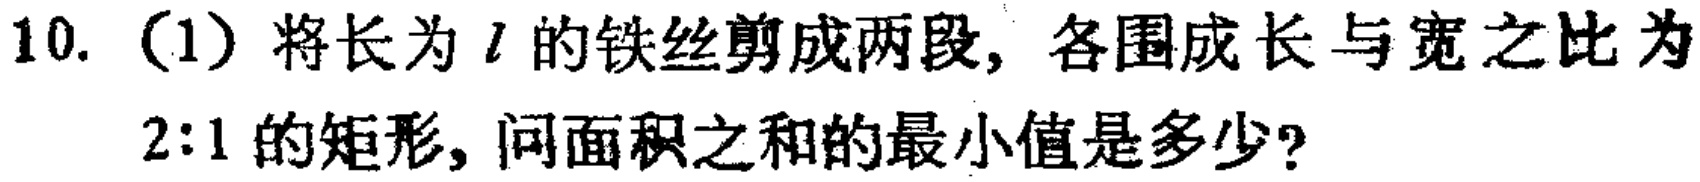
10. （1）将长为\(l\)的铁丝剪成两段，各围成长与宽之比为\(2:1\)的矩形，问面积之和的最小值是多少？